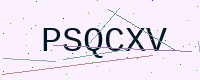
Text: PSQCXV